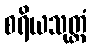
စရိယသုတ္တံ